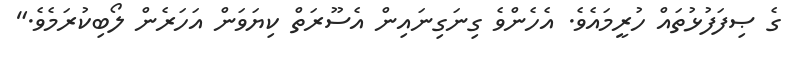
ގެ ޞިފަފުޅުތައް ހުރީމައެވެ. އެހެންވެ ގިނަގިނައިން އެސޫރަތް ކިޔަވަން އަހަރެން ލޯބިކުރަމެވެ."